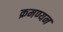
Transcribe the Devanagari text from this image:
क्रमण्यन